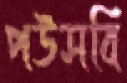
পউসবি